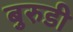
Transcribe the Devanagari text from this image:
बुरुडी